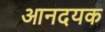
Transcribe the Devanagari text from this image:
आनदयक